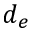
d _ { e }